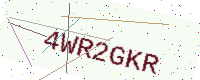
Text: 4WR2GKR